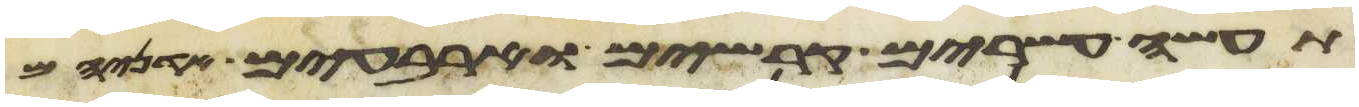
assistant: תעשה עשרים קרשים וארבעים